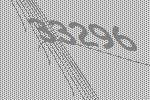
33296